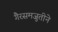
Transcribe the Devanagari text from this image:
गैरसमजुतीने